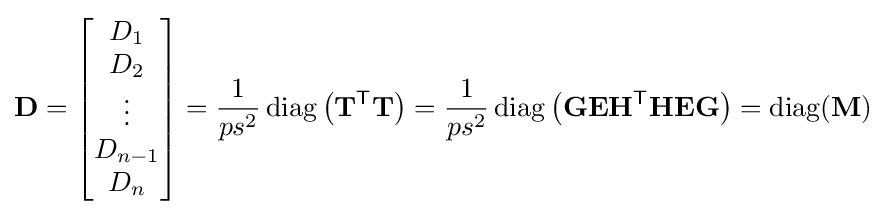
\mathbf {D} =\left[{\begin{matrix}D_{1}\\D_{2}\\\vdots \\D_{n-1}\\D_{n}\end{matrix}}\right]={\frac {1}{ps^{2}}}\operatorname {diag} \left(\mathbf {T} ^{\mathsf {T}}\mathbf {T} \right)={\frac {1}{ps^{2}}}\operatorname {diag} \left(\mathbf {G} \mathbf {E} \mathbf {H} ^{\mathsf {T}}\mathbf {H} \mathbf {E} \mathbf {G} \right)=\operatorname {diag} (\mathbf {M} )